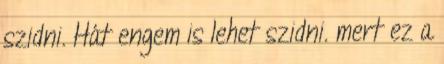
szidni. Hát engem is lehet szidni. mert ez a